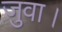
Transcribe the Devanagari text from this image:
जुवा।